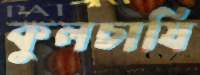
কুলচাষি